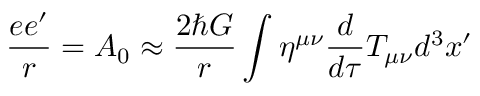
\frac { e e ^ { \prime } } { r } = A _ { 0 } \approx \frac { 2 \hbar G } { r } \int \eta ^ { \mu \nu } \frac { d } { d \tau } T _ { \mu \nu } d ^ { 3 } x ^ { \prime }